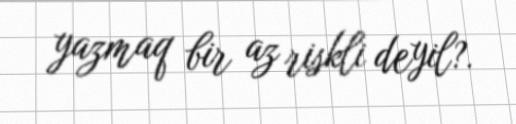
yazmaq bir az riskli deyil?.